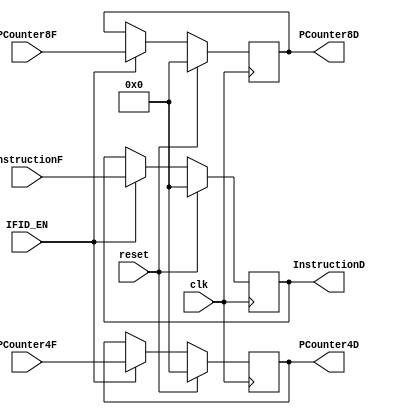
`timescale 1ns / 1ps
//////////////////////////////////////////////////////////////////////////////////
// Company: 
// 
// Design Name: 
// Module Name:    PipeRegFD 
// Project Name: 
// Target Devices: 
// Tool versions: 
// Description: 
//
// Dependencies: 
//
// Revision: 
// Revision 0.01 - File Created
// Additional Comments: 
//
//////////////////////////////////////////////////////////////////////////////////
module PipeRegFD(
	input clk,
	input reset,
	input IFID_EN,
	input [31:0] InstructionF,
	input [31:0] PCounter4F,
	input [31:0] PCounter8F,
   
   output reg [31:0] InstructionD,
	output reg [31:0] PCounter4D,
   output reg [31:0] PCounter8D
  );	
	always@(posedge clk) begin
		if(reset) begin
			InstructionD<=32'b0;
			PCounter4D<=32'b0;
			PCounter8D<=32'b0;
		end
		else if(IFID_EN) begin
			InstructionD<=InstructionF;
			PCounter4D<=PCounter4F;
			PCounter8D<=PCounter8F;
		end
		else begin
			InstructionD<=InstructionD;
			PCounter4D<=PCounter4D;
			PCounter8D<=PCounter8D;
		end
	end
endmodule